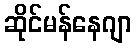
ဆိုင်မန်နေဂျာ